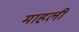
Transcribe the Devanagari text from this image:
माहली